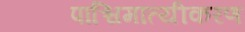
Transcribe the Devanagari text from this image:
पाश्चिमात्यीकरण